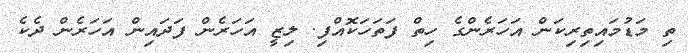
ތި މަޑުމައިތިރިކަން އަހަރެންގެ ހިތް ފަތަހަކޮއްފި. ލިޒީ އަހަރެން ފަދައިން އަހަރެން ދެކެ